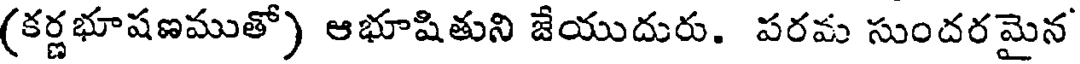
(కర్ణభూషణముతో) ఆభూషితుని జేయుదురు. పరమ సుందరమైన